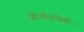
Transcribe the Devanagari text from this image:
ज़ोओज़थेली